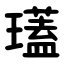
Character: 瓂